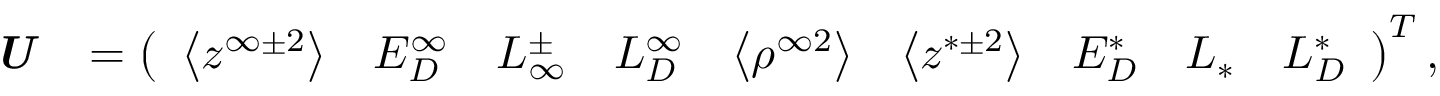
\textbf { \emph { U } } = \left( \begin{array} { c c c c c c c c c } { \big < z ^ { \infty \pm 2 } \big > } & { E _ { D } ^ { \infty } } & { L _ { \infty } ^ { \pm } } & { L _ { D } ^ { \infty } } & { \big < \rho ^ { \infty 2 } \big > } & { \big < z ^ { * \pm 2 } \big > } & { E _ { D } ^ { * } } & { L _ { * } } & { L _ { D } ^ { * } } \end{array} \right) ^ { T } ,